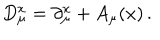
LaTeX: D _ { \mu } ^ { x } = \partial _ { \mu } ^ { x } + A _ { \mu } ( x ) \, .